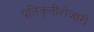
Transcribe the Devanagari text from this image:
प्रतिकृतीशेजारी